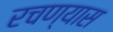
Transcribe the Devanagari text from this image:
रचण्यास